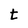
Character: t